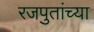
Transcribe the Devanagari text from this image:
रजपुतांच्या